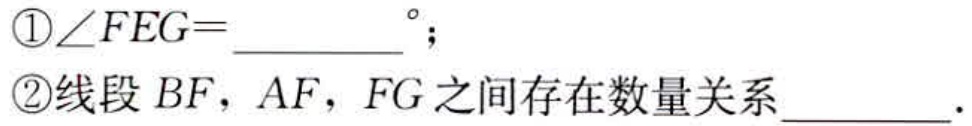
\textcircled{1}$\angle FEG=\underline{\qquad\qquad}^{\circ}$；

\textcircled{2}线段$BF$，$AF$，$FG$之间存在数量关系$\underline{\qquad\qquad}$.